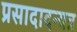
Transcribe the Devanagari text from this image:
प्रसादादन्यत्र